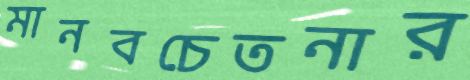
মানবচেতনার